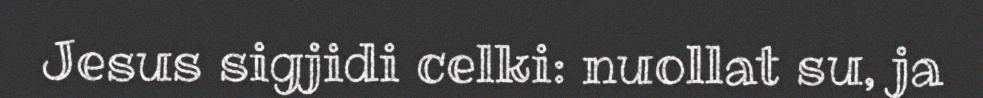
Jesus sigjidi celki: nuollat su, ja